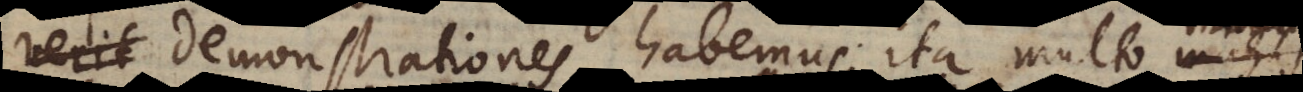
verit demonstrationes habemus, ita multo